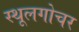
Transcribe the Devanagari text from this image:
स्थूलगोचर